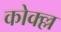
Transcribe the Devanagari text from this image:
कोक्ल्ल